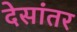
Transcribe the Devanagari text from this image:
देसांतर